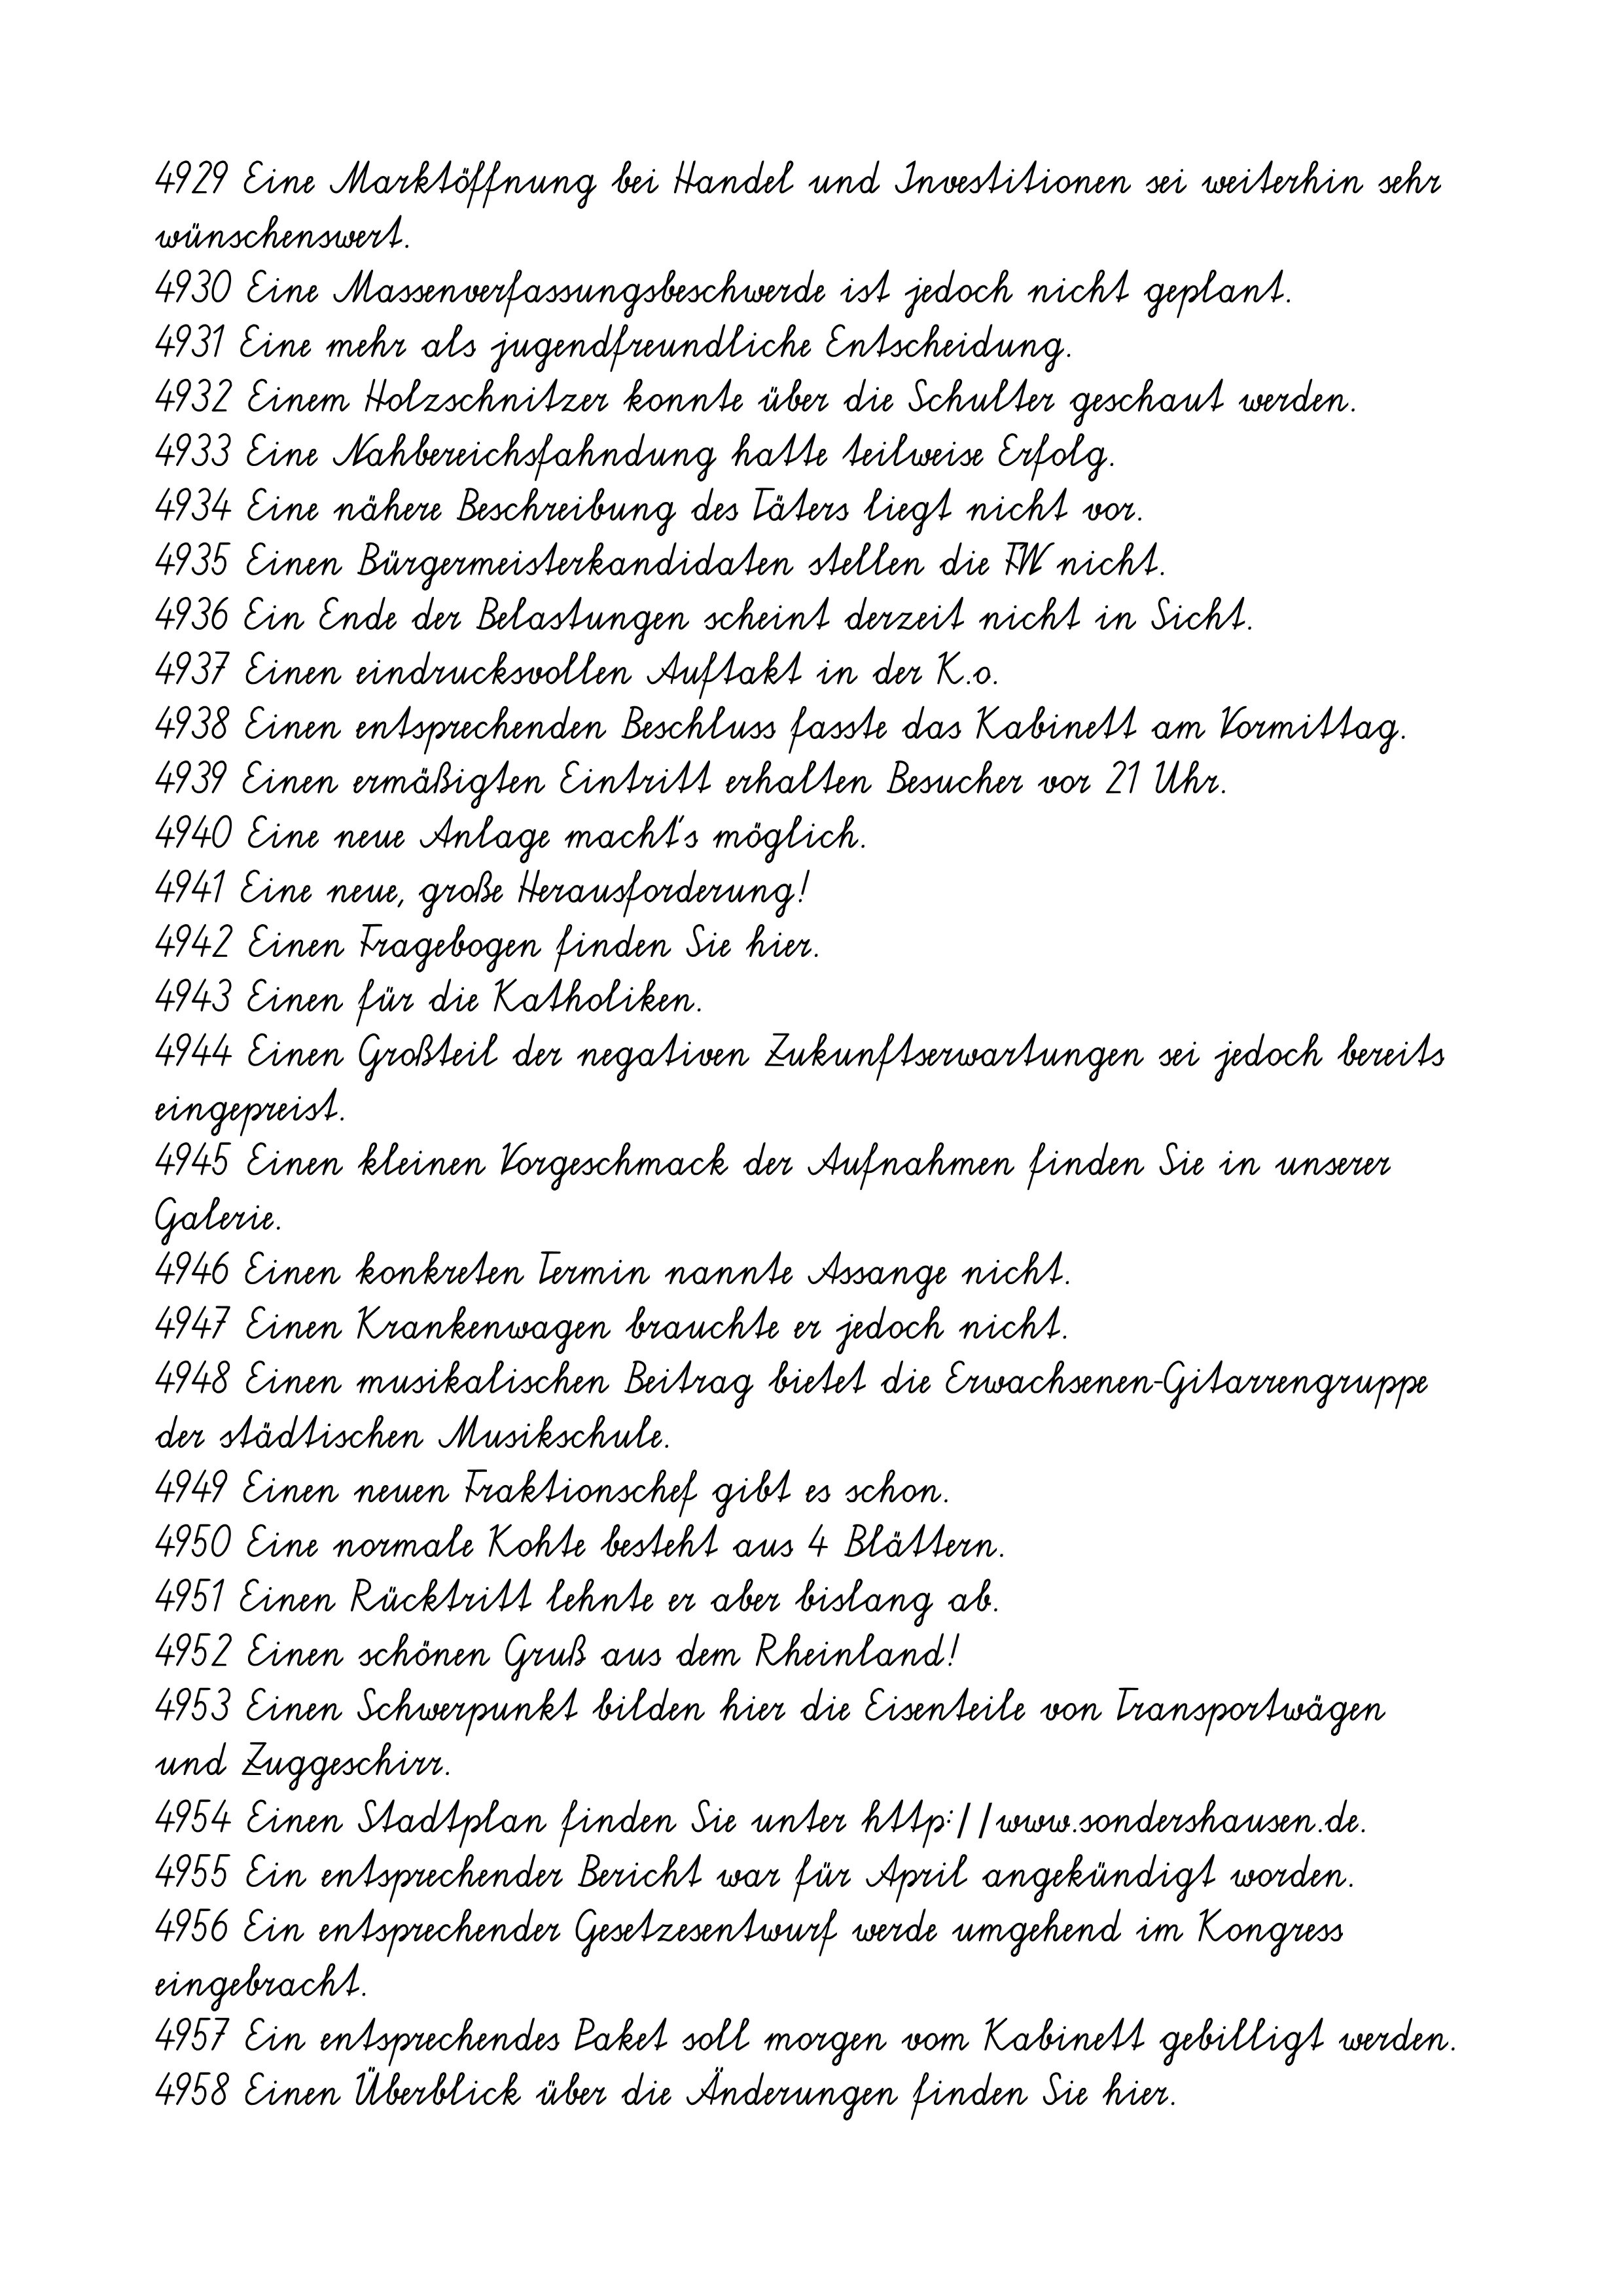
4929 Eine Marktöffnung bei Handel und Investitionen sei weiterhin sehr
wünschenswert.
4930 Eine Massenverfassungsbeschwerde ist jedoch nicht geplant.
4931 Eine mehr als jugendfreundliche Entscheidung.
4932 Einem Holzschnitzer konnte über die Schulter geschaut werden.
4933 Eine Nahbereichsfahndung hatte teilweise Erfolg.
4934 Eine nähere Beschreibung des Täters liegt nicht vor.
4935 Einen Bürgermeisterkandidaten stellen die FW nicht.
4936 Ein Ende der Belastungen scheint derzeit nicht in Sicht.
4937 Einen eindrucksvollen Auftakt in der K.o.
4938 Einen entsprechenden Beschluss fasste das Kabinett am Vormittag.
4939 Einen ermäßigten Eintritt erhalten Besucher vor 21 Uhr.
4940 Eine neue Anlage macht`s möglich.
4941 Eine neue, große Herausforderung!
4942 Einen Fragebogen finden Sie hier.
4943 Einen für die Katholiken.
4944 Einen Großteil der negativen Zukunftserwartungen sei jedoch bereits
eingepreist.
4945 Einen kleinen Vorgeschmack der Aufnahmen finden Sie in unserer
Galerie.
4946 Einen konkreten Termin nannte Assange nicht.
4947 Einen Krankenwagen brauchte er jedoch nicht.
4948 Einen musikalischen Beitrag bietet die Erwachsenen-Gitarrengruppe
der städtischen Musikschule.
4949 Einen neuen Fraktionschef gibt es schon.
4950 Eine normale Kohte besteht aus 4 Blättern.
4951 Einen Rücktritt lehnte er aber bislang ab.
4952 Einen schönen Gruß aus dem Rheinland!
4953 Einen Schwerpunkt bilden hier die Eisenteile von Transportwägen
und Zuggeschirr.
4954 Einen Stadtplan finden Sie unter http://www.sondershausen.de.
4955 Ein entsprechender Bericht war für April angekündigt worden.
4956 Ein entsprechender Gesetzesentwurf werde umgehend im Kongress
eingebracht.
4957 Ein entsprechendes Paket soll morgen vom Kabinett gebilligt werden.
4958 Einen Überblick über die Änderungen finden Sie hier.